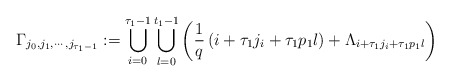
\begin{align*}\Gamma_{j_{0}, j_{1}, \cdots, j_{\tau_{1}-1}}:=\bigcup_{i=0}^{\tau_{1}-1}\bigcup_{l=0}^{t_{1}-1}\left(\frac{1}{q}\left(i+\tau_{1}j_{i}+\tau_{1} p_{1}l \right)+\Lambda_{i+\tau_{1}j_{i}+\tau_{1}p_{1}l}\right)\end{align*}